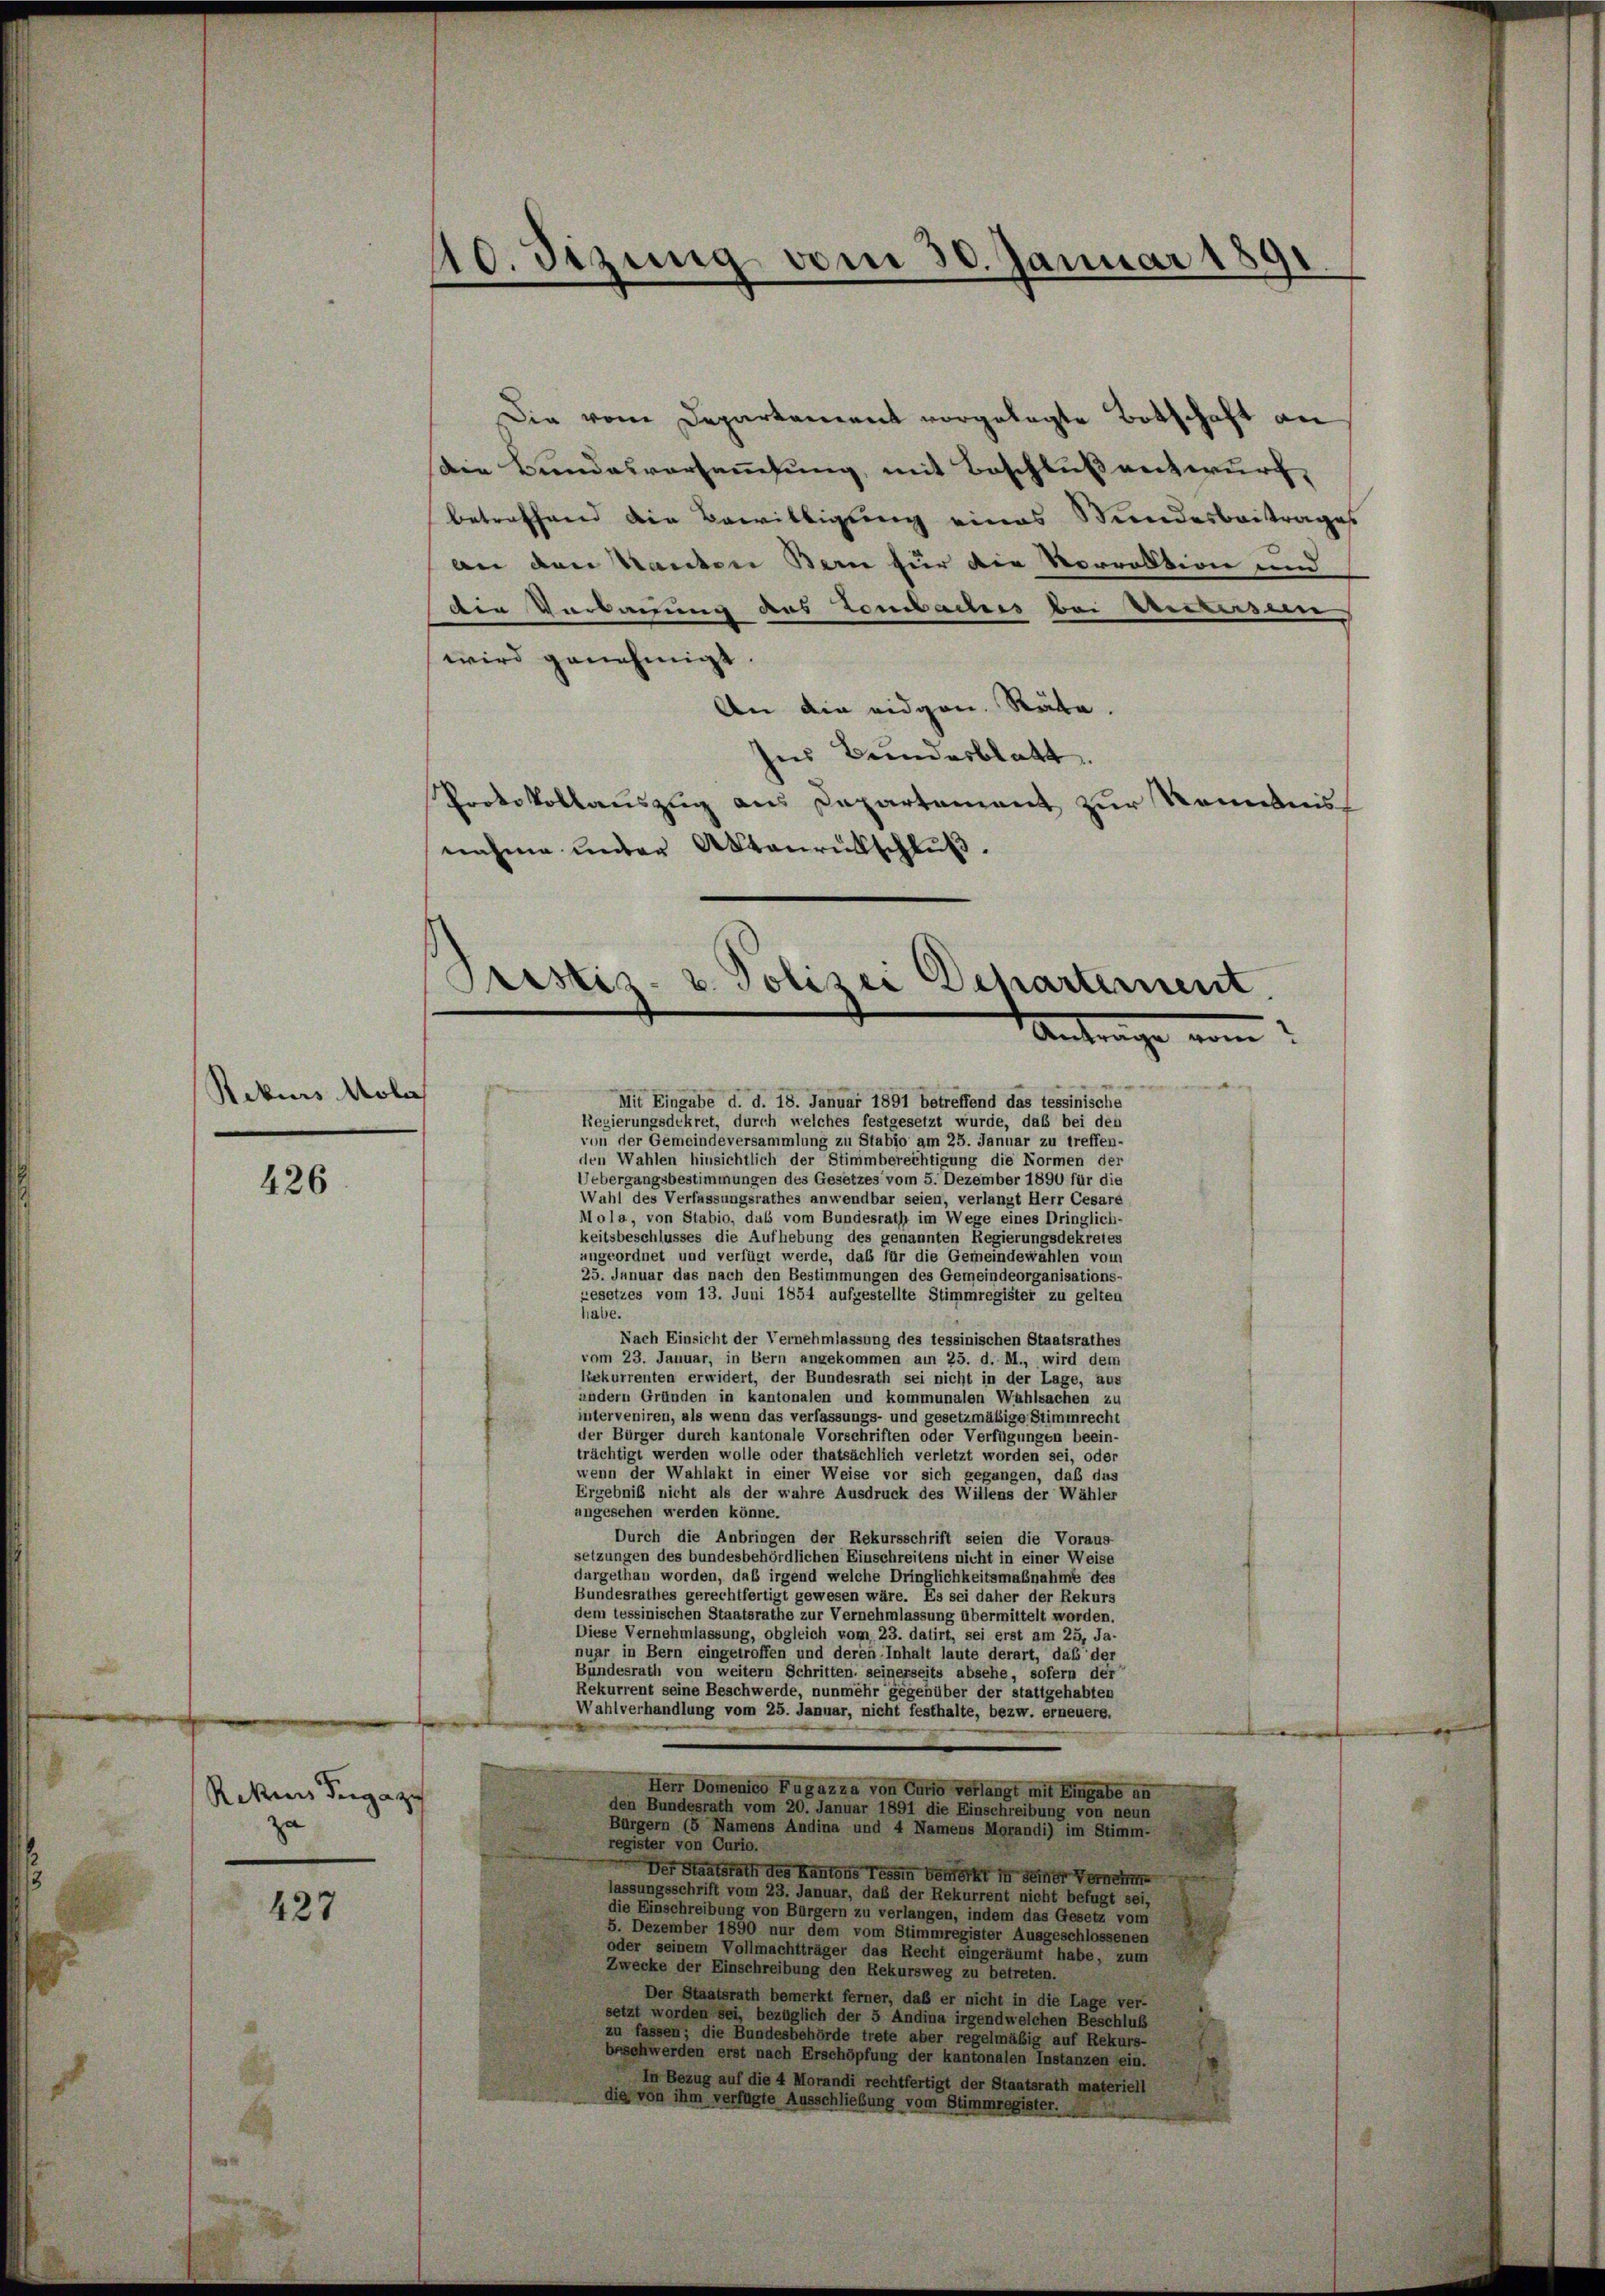
Rekurs Mola

Rekenns derge zu
zu

426

427

10. Staina vom 30. Januar 1891

Die vom Departement vorgelegte Botschaft an
Die Bundesversammlung, mit Beschluß entwurf,
betreffend die Bewilligung eines Bundesbeitrages
an den Kanton Bern für die Vorrektion und
die Verbauung das Lombaches bei Westersen
wird genehmigt.
An die eidgen. Räte.
es Bundesblatt
Protokollauszug aus Departement zur Kenntnisnahme under Aktenrückschluß.

Pristis- u. Polizei Departement.
Antrage vom

Mit Eingabe d. d. 18. Januar 1891 betreffend das tessinische
Regierungsdekret, durch welches festgesetzt wurde, daß bei den
von der Gemeindeversammlung zu Stabjo am 25. Januar zu treffen-
den Wahlen hinsichtlich der Stimmberechtigung die Normen der
Uebergangsbestimmungen des Gesetzes vom 5. Dezember 1890 für die
Wahl des Verfassungsrathes anwendbar seien, verlangt Herr Cesare
Mola, von Stabio, daß vom Bundesrath im Wege eines Dringlich-
keitsbeschlusses die Aufhebung des genannten Regierungsdekretes
ungeordnet und verfügt werde, das für die Gemeindewahlen vom
25. Januar das nach den Bestimmungen des Gemeindeorganisations-
gesetzes vom 13. Juni 1854 aufgestellte Stimmregister zu gelten
habe.
Nach Einsicht der Vernehmlassung des tessinischen Staatsrathes
vom 23. Januar, in Bern angekommen am 25. d. M., wird dem
Rekurrenten erwidert, der Bundesrath sei nicht in der Lage, aus
andern Gründen in kantonalen und kommunalen Wahlsachen zu
interveniren, als wenn das verfassungs- und gesetzmäßige Stimmrecht
der Bürger durch kantonale Vorschriften oder Verfügungen beein-
trächtigt werden wolle oder thatsächlich verletzt worden sei, oder
wenn der Wahlakt in einer Weise vor sich gegangen, daß das
Ergebniß nicht als der wahre Ausdruck des Willens der Wähler
ungesehen werden könne.
Durch die Anbringen der Rekursschrift seien die Voraus
setzungen des bundesbehördlichen Einschreitens nicht in einer Weise
dargethan worden, daß irgend welche Dringlichkeitsmaßnahme des
Bundesrathes gerechtfertigt gewesen wäre. Es sei daher der Rekurs
dem tessinischen Staatsrathe zur Vernehmlassung übermittelt worden.
Diese Vernehmlassung, obgleich vom 23. datirt, sei erst am 25, Ja-
nuar in Bern eingetroffen und deren Inhalt laute derart, das der
Bundesrath von weitern Schritten, seinerseits absehe, sofern der
Rekurrent seine Beschwerde, nunmehr gegenüber der stattgehabten
Wahlverhandlung vom 25. Januar, nicht festhalte, bezw. erneuere.
Herr Domenico Fugazza von Curse verlangt mit Eingabe an
den Bundesrath vom 20. Januar 1891 die Einschreibung von neun
Bürgern (5 Namens Andina und 4 Namens Morandi) im Stimm-
register von Curio.
Der Staatsrath des Kantons Tessin bemerkt in seiner Vernehmen
lassungsschrift vom 23. Januar, daß der Rekurrent nicht befugt sei,
die Einschreibung von Bürgern zu verlangen, indem das Gesetz vom
5. Dezember 1890 nur dem vom Stimmregister Ausgeschlossenen
oder seinem Vollmachtträger das Recht eingeräumt habe, zum
Zwecke der Einschreibung den Rekursweg zu betreten.
Der Staatsrath bemerkt ferner, daß er nicht in die Lage ver-
setzt worden sei, bezüglich der 5 Andina irgendwelchen Beschluß
zu fassen; die Bundesbehörde trete aber regelmäßig auf Rekurs-
beschwerden erst nach Erschöpfung der kantonalen Instanzen ein.
In Bezug auf die 4 Morandi rechtfertigt der Staatsrath materiell
die von ihn